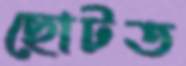
ছোটত